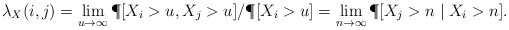
\begin{align*}\lambda_X({i,j})=\lim_{u\to\infty} \P[ X_i >u, X_j>u ]/\P[X_i>u]=\lim_{n\to\infty}\P[ X_j >n\mid X_i>n ].\end{align*}